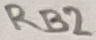
Text: RB2